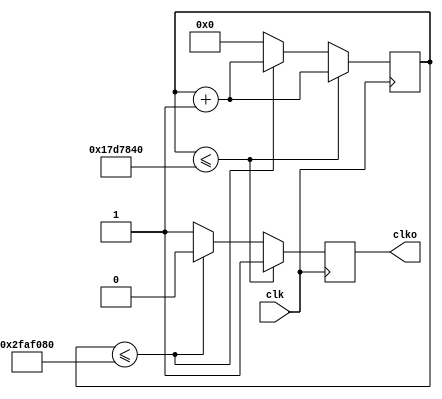
module clk_down(clk, clko);
parameter freq = 1;
parameter div = 50000000/freq;
parameter half = div/2;

input clk;
output clko;

reg clko;
reg [31:0] cnt=0;

always@(posedge clk) begin
if(cnt<=half) begin
	clko <= 1'b1;
	cnt <= cnt + 1'b1;
	end
else if(cnt<=div) begin
	clko <= 1'b0;
	cnt <= cnt + 1'b1;
	end
else begin
	clko <= 1'b1;
	cnt <= 0;
	end
end

endmodule